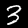
Digit: 3